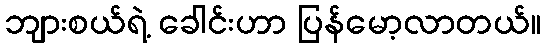
ဘျားစယ်ရဲ့ ခေါင်းဟာ ပြန်မော့လာတယ်။